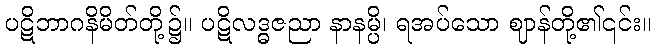
ပဋိဘာဂနိမိတ်တို့၌။ ပဋိလဒ္ဓဇညာ နာနမ္ပိ၊ ရအပ်သော ဈာန်တို့၏၎င်း။